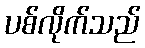
ပစ်လိုက်သည်